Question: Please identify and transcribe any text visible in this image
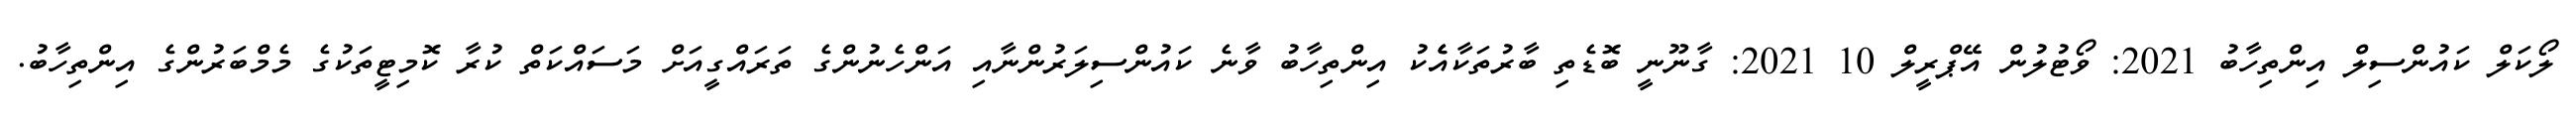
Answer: ލޯކަލް ކައުންސިލް އިންތިހާބު 2021: ވޯޓުލުން އޭޕްރީލް 10 2021: ގާނޫނީ ބޮޑެތި ބާރުތަކާއެެކު އިންތިހާބު ވާނެ ކައުންސިލަރުންނާއި އަންހެނުންގެ ތަރައްގީއަށް މަސައްކަތް ކުރާ ކޮމިޓީތަކުގެ މެމްބަރުންގެ އިންތިހާބު.